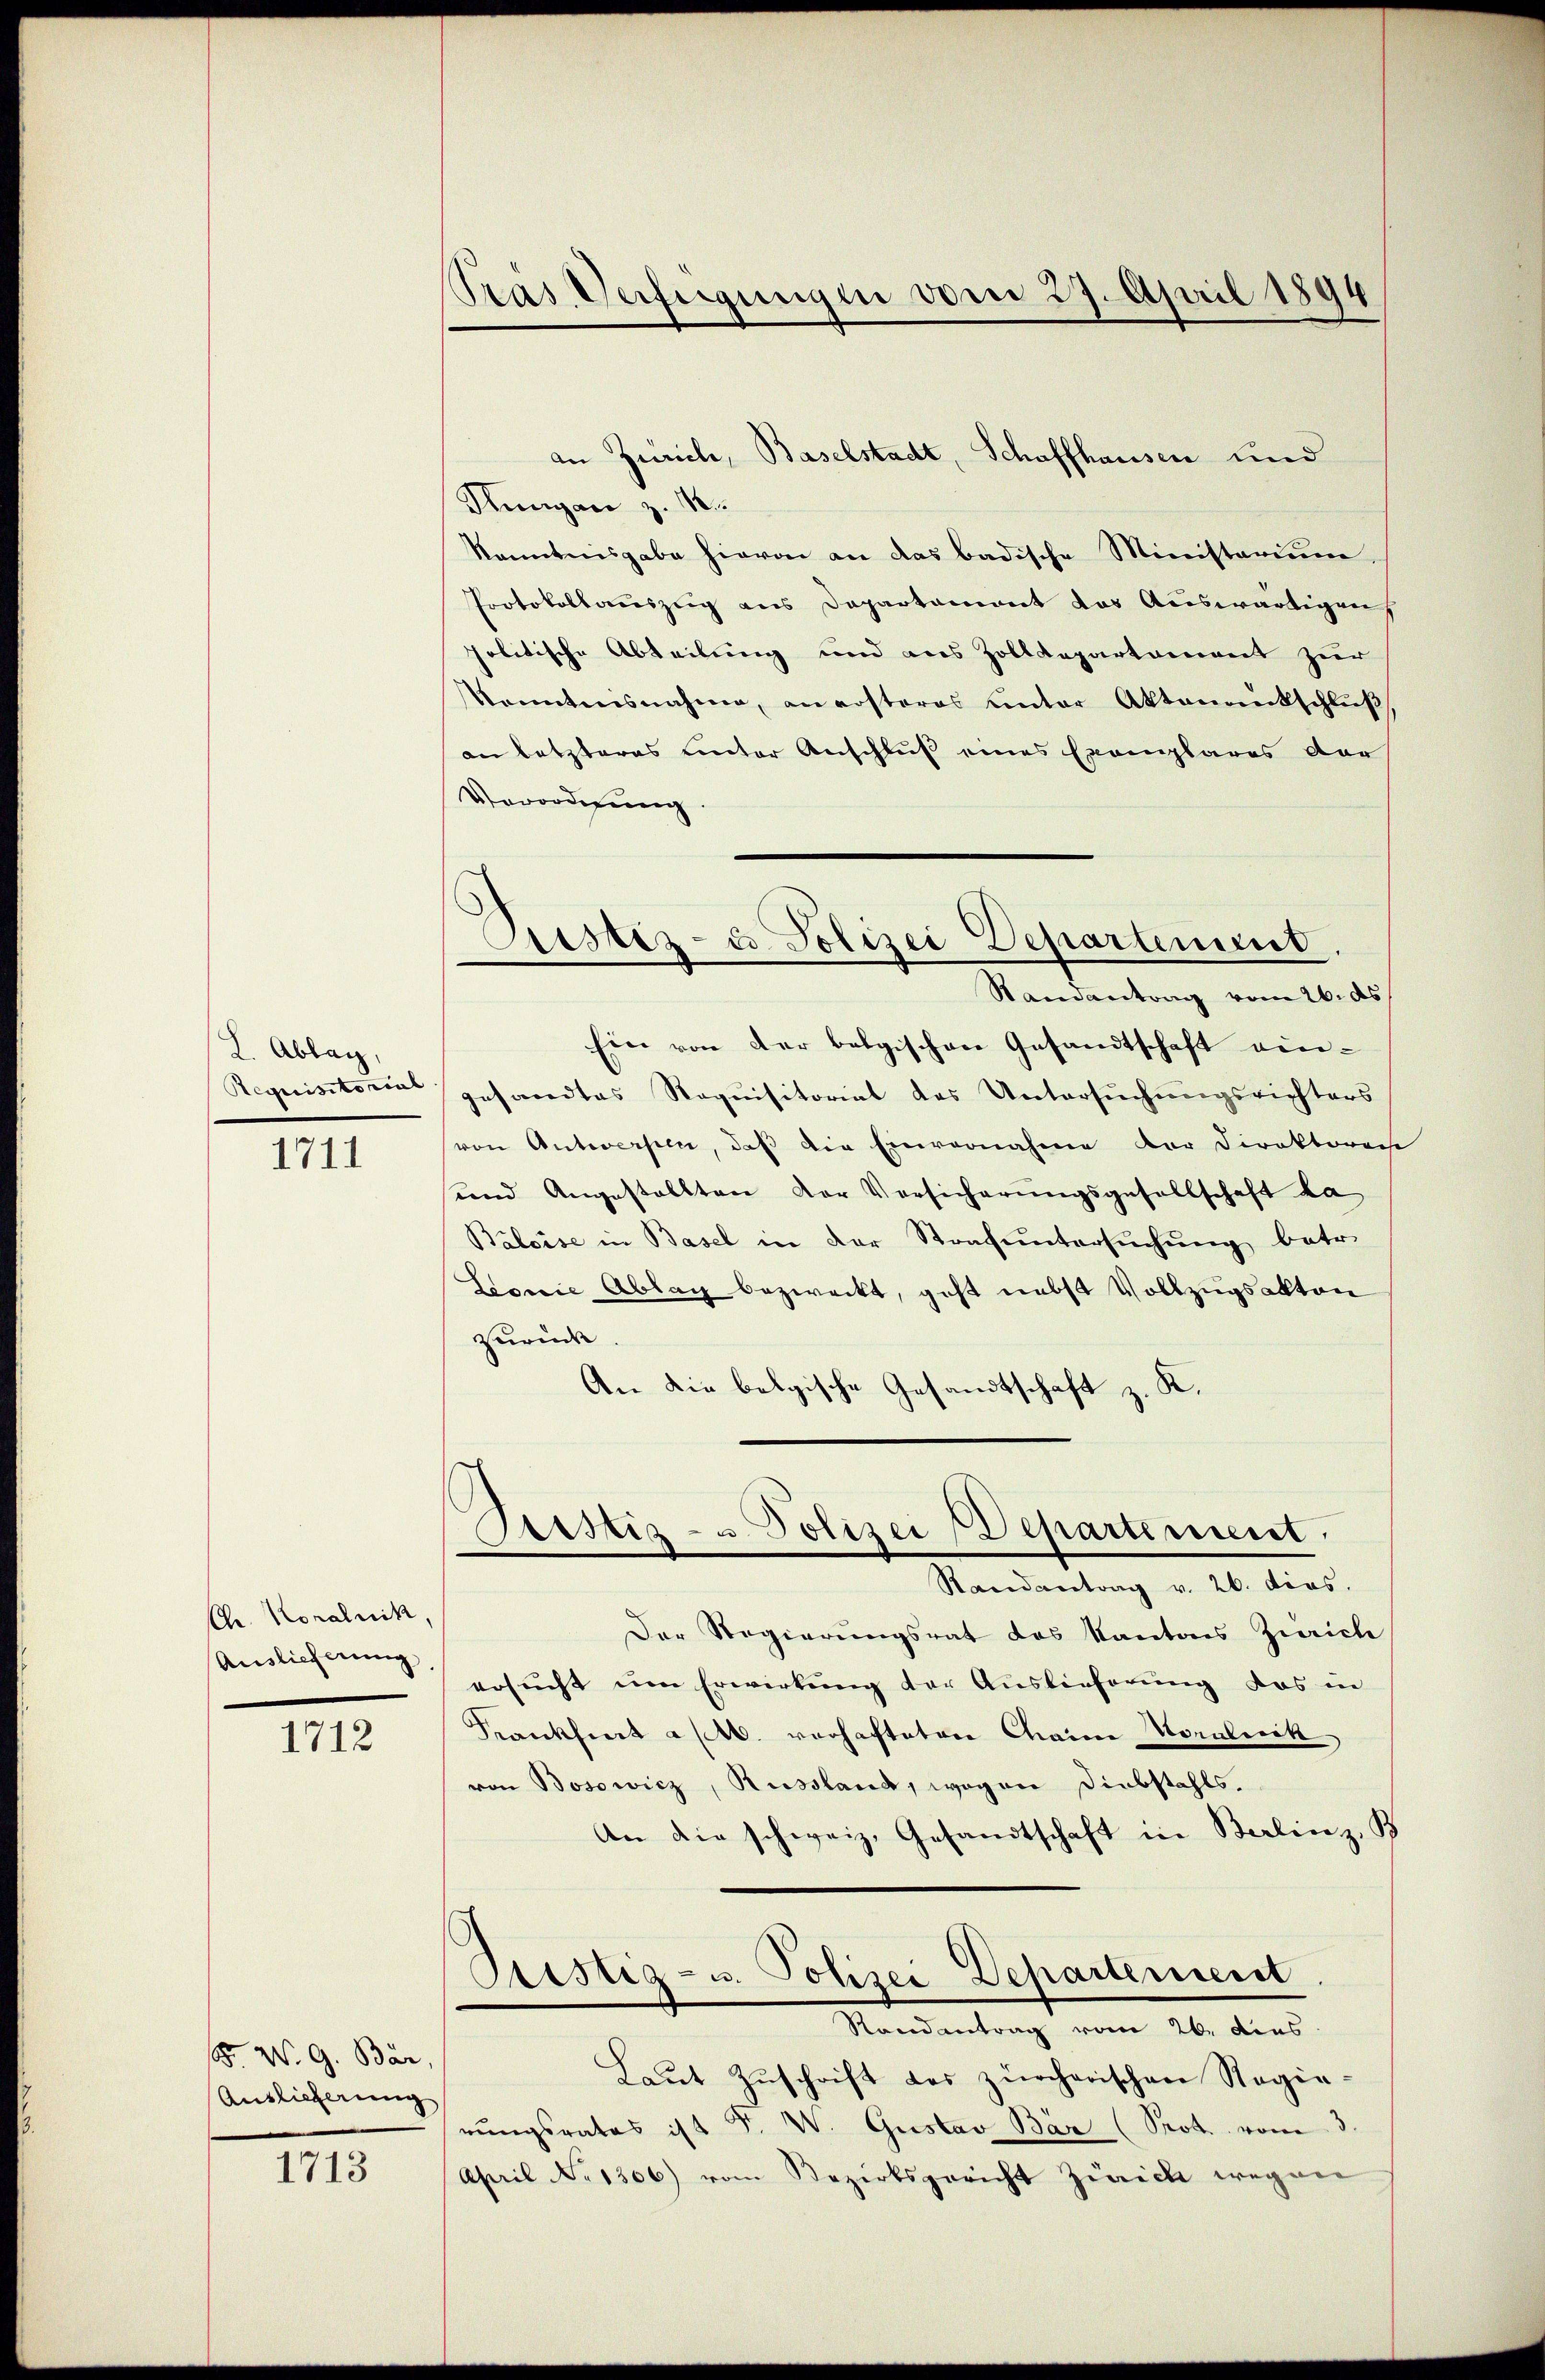
L. Ablag,

1711

Ch. Koralnik,
Auslieferung

1712

. W. G. Bär,
Anslicherung

1713

Tras Verfügungen vom 27. April 1894

an Zürich, Baselstadt, Schaffhausen und
Sungan z. 10.
konntnisgabe hievon an das badische Ministerium
Protokollauszug aus Departement das Auswärtigen
politische Abteilung und aus Zolldepartement zur
Konntensnahme, an ersteres unter Aktenantschlŭβ
an letzteres unter Anschluß eines Exemplares dar
Verordnung.
Ein von der belgischen Gesandtschaft ein¬
Requisitori gesandtes Requisitoriat des Untersŭchŭngsrichters
(von Antworfen, daß die Einvernahme der Direktoren
und Angestellten der Versicherŭngsgesellschaft da
Báloise in Basel in der Strafuntersuchung betr.
Sowie Ablag bezweckt, geht nebst Vollzugsakten
zurück.
An die belgische Gesandtschaft z. K.
,
Prstiz- u. Polizei Departement.
Randantrag v. 26. dies.
Der Regierungsrat des Kantons Zürich
ersucht um Erwirkung der Auslieferung das in
Frankfiert a M. verhafteten Chainer Moralerik
von Bosowicz, Russland, wogen Diebstahls.
An die schweiz. Gesandtschaft in Berlinz, B
Justiz- u. Polizei Dehartement
Randantrag vom 26. dies
Laut Zuschrift des zürcherischen Regierŭngsrates ist F. W. Gustav Bär (Prot. vom 3.
April No 1306) vom Bezirksgericht Zürich wegen

Bestiz- & Polizei Departement
Randantrag vom 26. ds